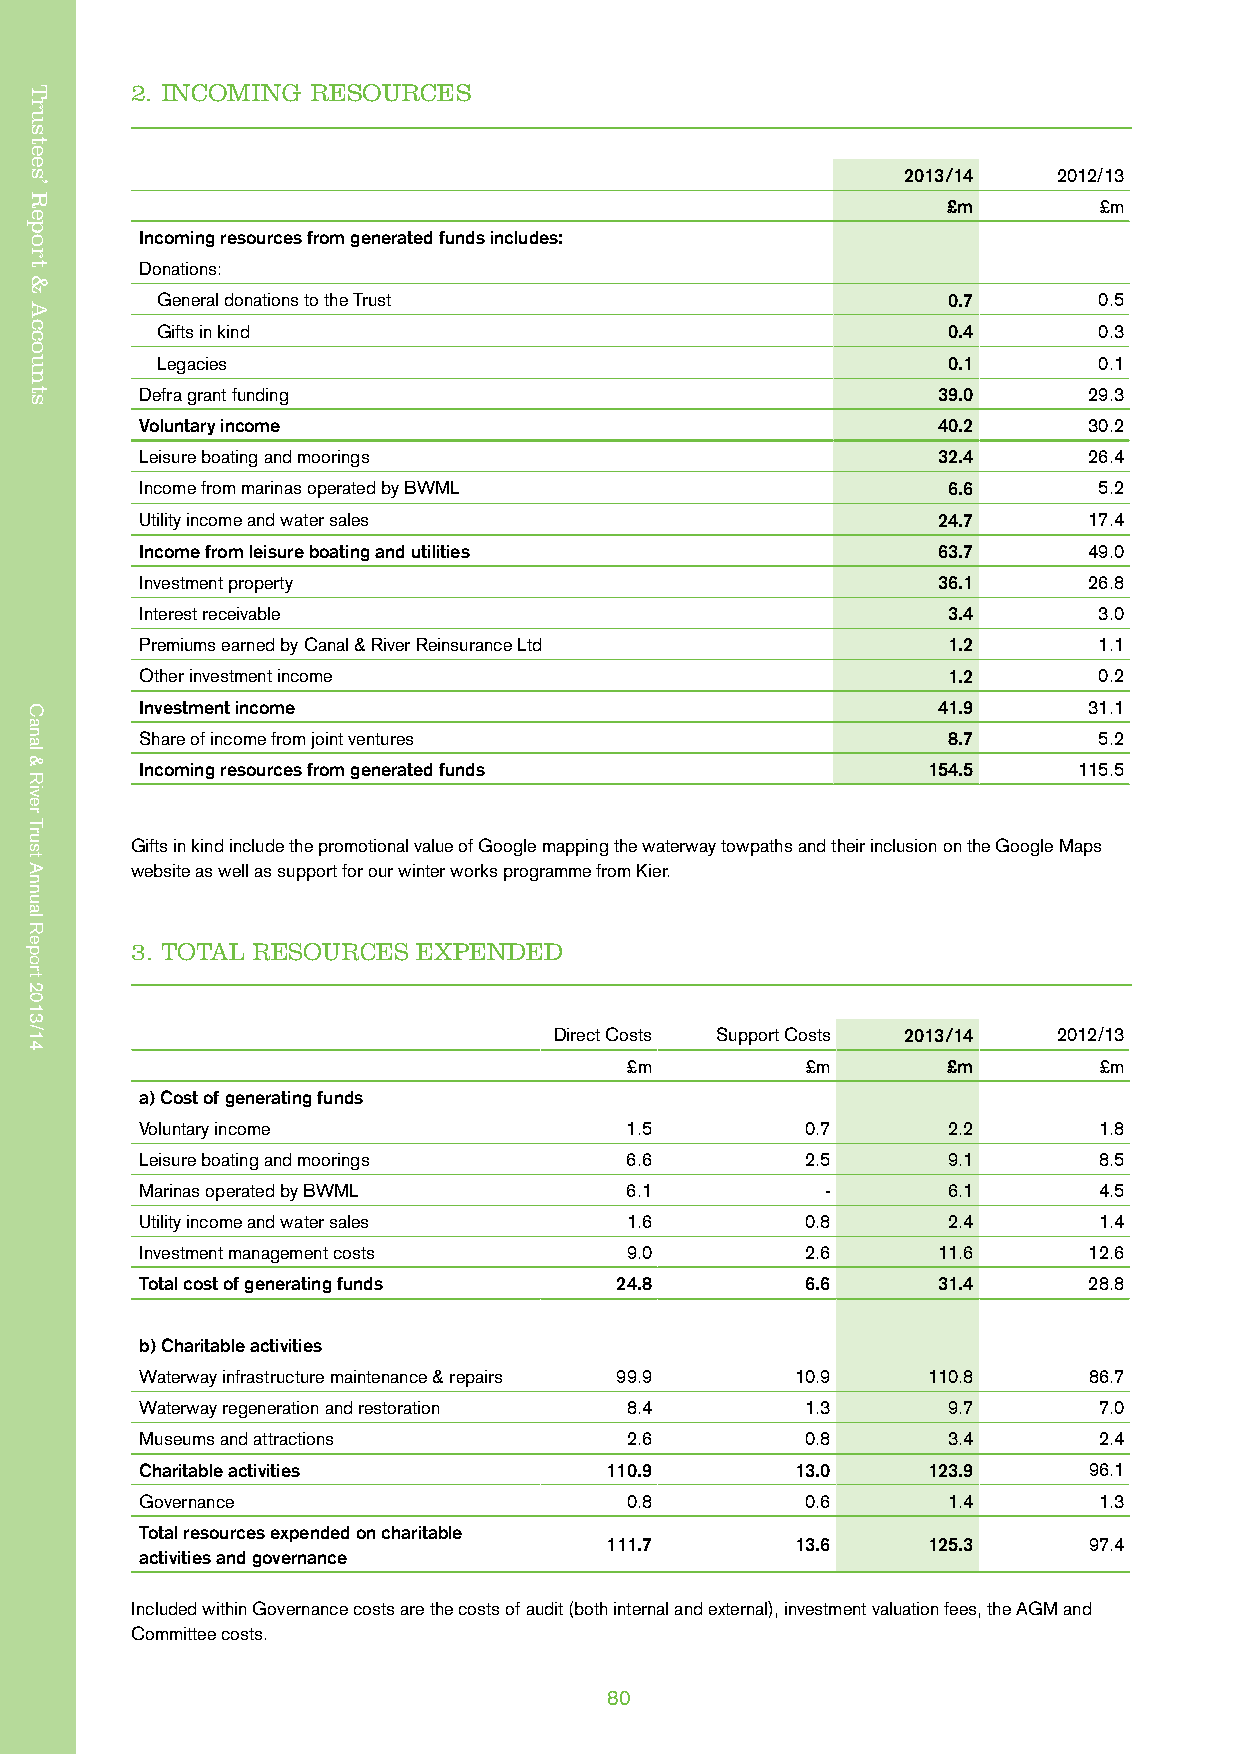
Trustees’ Report & Accounts
 2. INCOMING RESOURCES
 2013/14   2012/13
 £m        £m
 Incoming resources from generated funds includes:
 Donations:
 General donations to the Trust                       0.7       0.5
 Gifts in kind                                        0.4       0.3
 Legacies                                             0.1       0.1
 Defra grant funding                                  39.0      29.3
 Voluntary income                                     40.2      30.2
 Leisure boating and moorings                         32.4      26.4
 Income from marinas operated by BWML                  6.6       5.2
 Utility income and water sales                       24.7      17.4
 Income from leisure boating and utilities            63.7      49.0
 Investment property                                  36.1      26.8
 Interest receivable                                   3.4       3.0
 Premiums earned by Canal & River Reinsurance Ltd      1.2       1.1
 Other investment income                               1.2       0.2
 Investment income                                    41.9      31.1
 Share of income from joint ventures                   8.7       5.2
 Incoming resources from generated funds             154.5     115.5
 Gifts in kind include the promotional value of Google mapping the waterway towpaths and their inclusion on the Google Maps
 website as well as support for our winter works programme from Kier.
 3. TOTAL RESOURCES EXPENDED
 Direct Costs Support Costs 2013/14 2012/13
 £m         £m        £m        £m
 a) Cost of generating funds
 Voluntary income                1.5         0.7       2.2       1.8
 Leisure boating and moorings    6.6         2.5       9.1       8.5
 Marinas operated by BWML        6.1           -       6.1       4.5
 Utility income and water sales  1.6         0.8       2.4       1.4
 Investment management costs     9.0         2.6      11.6      12.6
 Total cost of generating funds  24.8        6.6      31.4      28.8
 b) Charitable activities
 Waterway infrastructure maintenance & repairs 99.9 10.9 110.8  86.7
 Waterway regeneration and restoration 8.4   1.3       9.7       7.0
 Museums and attractions         2.6         0.8       3.4       2.4
 Charitable activities          110.9        13.0    123.9      96.1
 Governance                      0.8         0.6       1.4       1.3
 Total resources expended on charitable
 111.7        13.6    125.3      97.4
 activities and governance
 Included within Governance costs are the costs of audit (both internal and external), investment valuation fees, the AGM and
 Committee costs.
 80
 Trustees’
 Report
 &
 Accounts
 Canal
 &
 River
 Trust
 Annual
 Report
 2013/14
 Canal
 &
 River
 Trust
 Annual
 Report
 2013/14